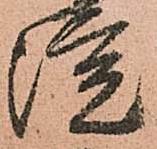
院